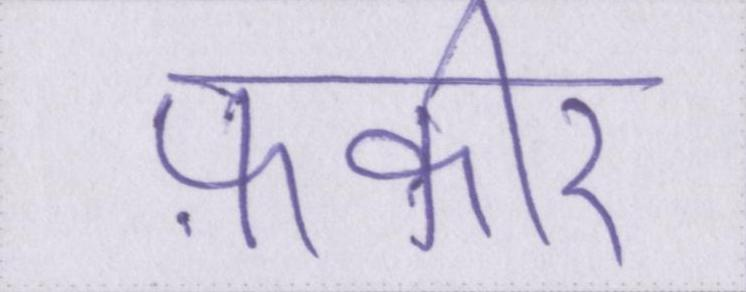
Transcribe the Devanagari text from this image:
फ़कीर